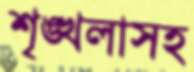
শৃঙ্খলাসহ